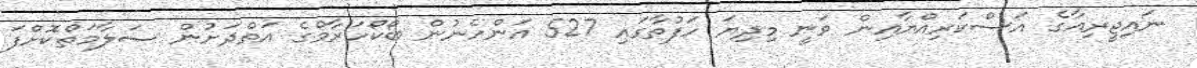
ނައިޖީރިއާގެ އަސްކަރިއްޔާއިން ވަނީ މިދިޔަ ހަފުތާގައި 527 އަންހެނުން ބޯކޯހަރާމްގެ އަތްދަށުން ސަލާމަތްކޮށްފަ